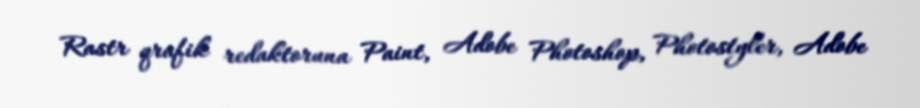
Rastr qrafik redaktoruna Paint, Adobe Photoshop, Photostyler, Adobe